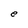
Character: e